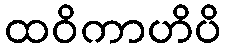
ထဝိကာဟိပိ